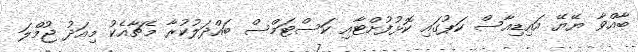
ބާއްވާ ޔޭޔޭ އައިޑިއާސް ކަޕުގައި ކޮޅުފުށްޓާއި ކަސްޓަމްސް ބައްދަލުކުރާ މެޗާއެކު މިއަދު ޖުމްލަ